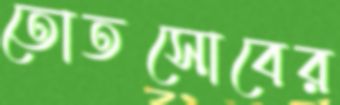
তোতসোবের